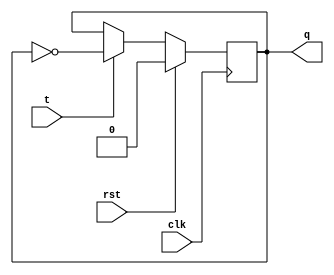
module tff(clk,rst,t,q);
input clk,rst,t;
output reg q;
initial
q=1'b0;
always @(posedge clk)
begin
if(rst)
q=1'b0;
else
if(t==0)
q=q;
else
q=(~q);
end
endmodule